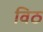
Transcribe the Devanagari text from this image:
विठ